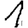
Digit: 1